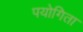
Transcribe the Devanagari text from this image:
पयोगिता